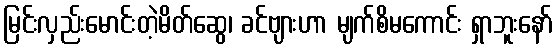
မြင်းလှည်းမောင်းတဲ့မိတ်ဆွေ၊ ခင်ဗျားဟာ မျက်စိမကောင်း ရှာဘူးနော်